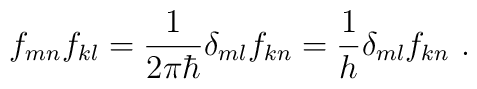
f_{mn}\* f_{kl}=\frac{1}{2\pi\hbar}\delta_{ml}f_{kn} =\frac{1}{h}\delta_{ml}f_{kn} ~.